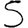
Digit: 5